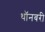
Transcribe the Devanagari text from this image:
थॉनबरी